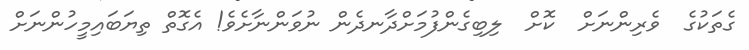
ގެތަކުގެ  ވެރިންނަށް  ކޮށް  ލިބިގެންފުމަށްދާނދެން ނުވަންނާށެވެ! އެގޮތް ތިޔަބައިމީހުންނަށް